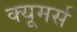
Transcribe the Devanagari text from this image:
क्यूमर्स